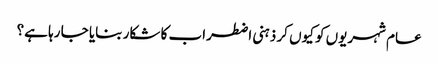
عام شہریوں کو کیوں کر ذہنی اضطراب کا شکار بنایا جا رہا ہے؟